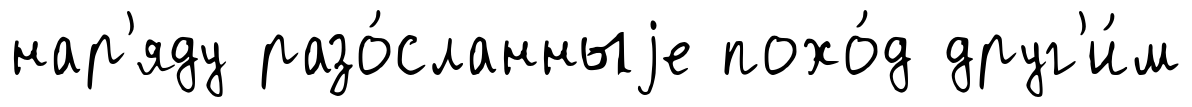
нар'яду разо́сланныjе похо́д друг'и́м